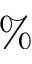
\%